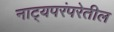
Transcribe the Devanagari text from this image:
नाट्यपरंपरेतील